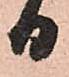
日